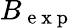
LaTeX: B_{\mathrm{~e~x~p~}}